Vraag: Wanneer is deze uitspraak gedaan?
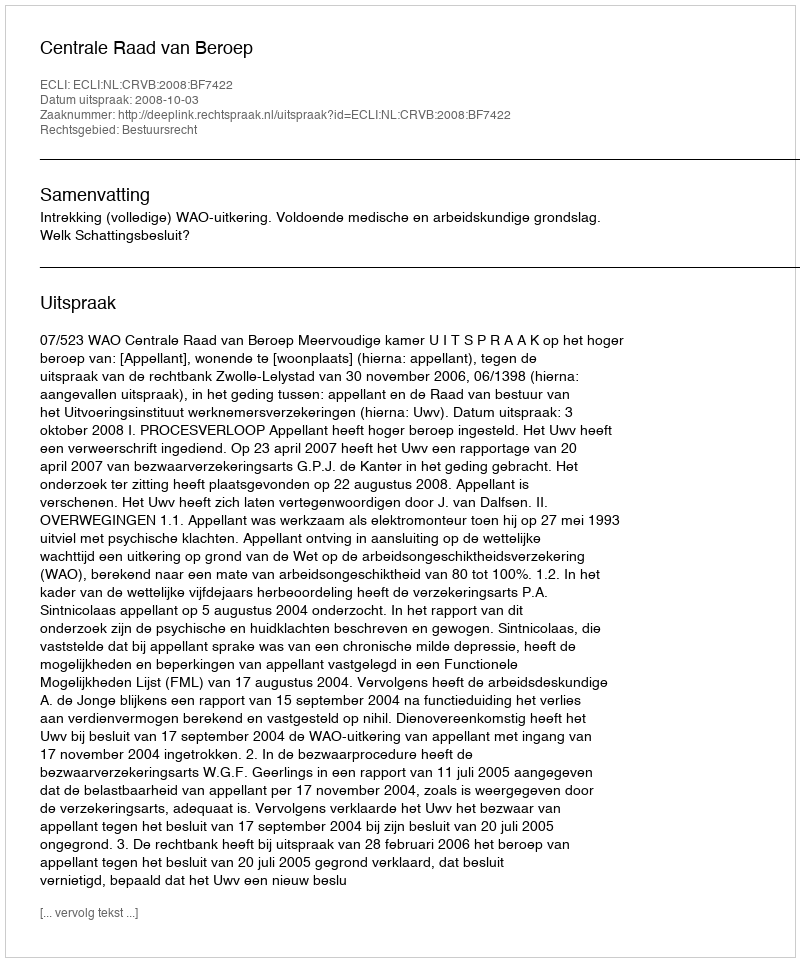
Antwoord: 2008-10-03